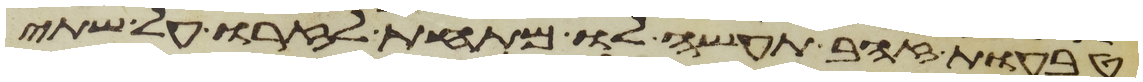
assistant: טבעות זהב תעשה לו מתחת לזרו על שתי